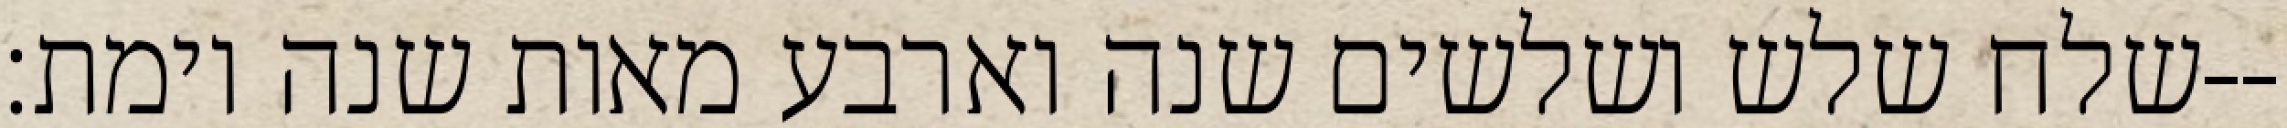
שלח שלש ושלשים שנה וארבע מאות שנה וימת׃--